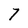
Character: 7